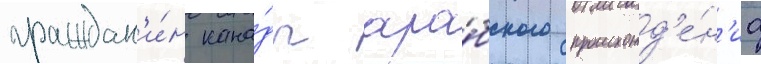
граждан'и́н кана́ды ара́бского происхожд'е́н'иа